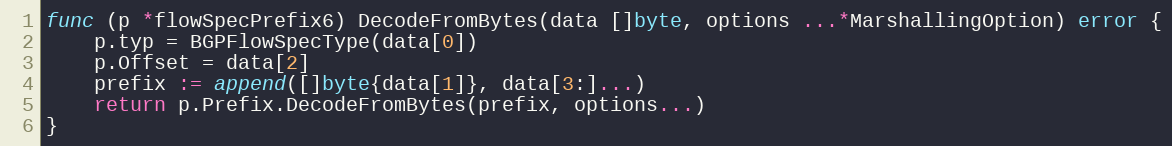
Language: Go
func (p *flowSpecPrefix6) DecodeFromBytes(data []byte, options ...*MarshallingOption) error {
	p.typ = BGPFlowSpecType(data[0])
	p.Offset = data[2]
	prefix := append([]byte{data[1]}, data[3:]...)
	return p.Prefix.DecodeFromBytes(prefix, options...)
}